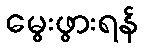
မွေးဖွားရန်